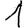
Digit: 1